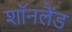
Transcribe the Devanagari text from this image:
शॉनलैंड